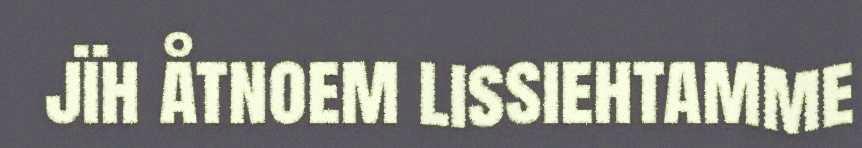
jïh åtnoem lissiehtamme